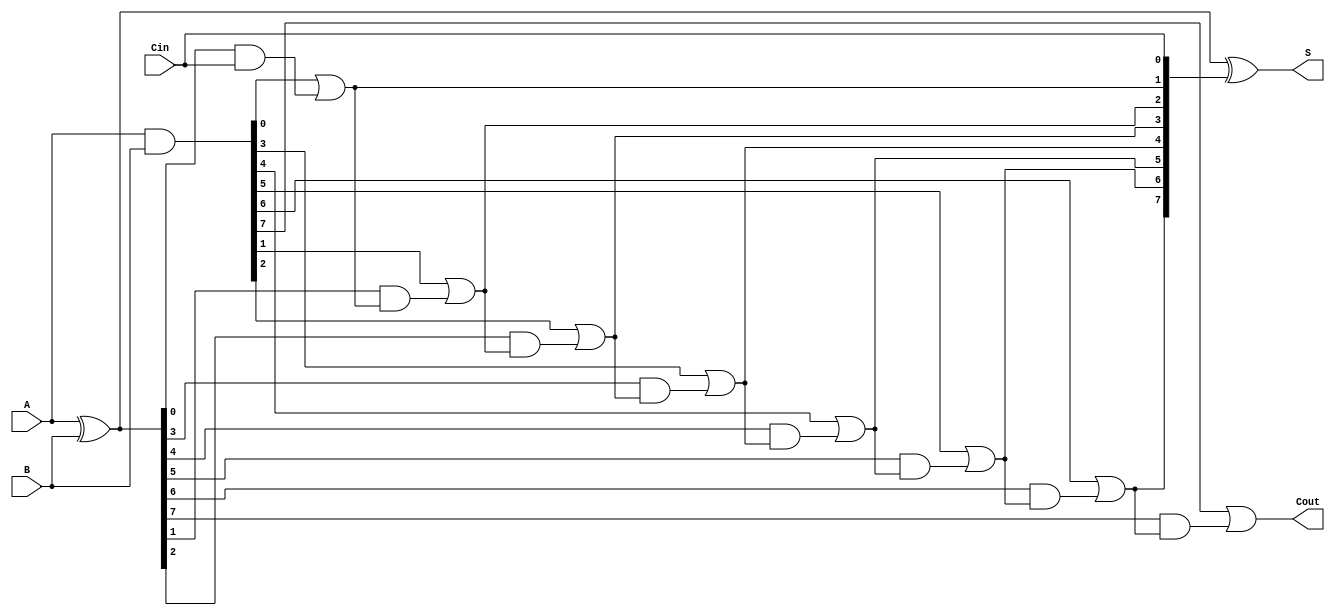
module SklanskyAdder #(parameter N = 8) (
    input  [N-1:0] A,      // First operand
    input  [N-1:0] B,      // Second operand
    input          Cin,     // Carry-in
    output [N-1:0] S,      // Sum output
    output         Cout     // Carry-out
);

    wire [N-1:0] G;        // Generate signals
    wire [N-1:0] P;        // Propagate signals
    wire [N:0] C;          // Carry signals

    // Generate and propagate signals
    assign G = A & B;                     // G[i] = A[i] & B[i]
    assign P = A ^ B;                     // P[i] = A[i] ^ B[i]

    // Carry generation
    assign C[0] = Cin;                     // C[0] = Cin

    genvar i;
    generate
        for (i = 0; i < N; i = i + 1) begin : carry_gen
            if (i == 0) begin
                assign C[i + 1] = G[i] | (P[i] & C[i]); // C[i+1] = G[i] + P[i] * C[i]
            end else begin
                assign C[i + 1] = G[i] | (P[i] & C[i]); // C[n+1] = G[i] + P[i] * C[i]
            end
        end
    endgenerate

    // Sum calculation
    assign S = P ^ C[N-1:0]; // S[i] = P[i] ^ C[i]

    // Carry-out
    assign Cout = C[N];      // Cout = C[N]

endmodule